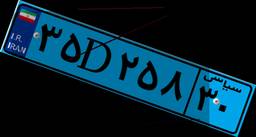
۱۸D۲۵۵۲۱